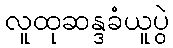
လူထုဆန္ဒခံယူပွဲ